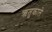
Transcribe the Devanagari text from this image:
ऋतुकाले